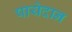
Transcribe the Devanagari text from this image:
पायेदान